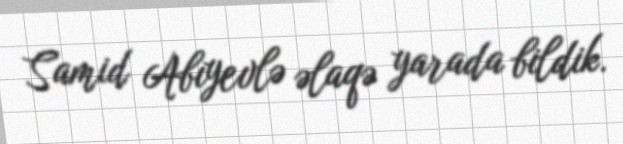
Samid Abıyevlə əlaqə yarada bildik.